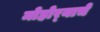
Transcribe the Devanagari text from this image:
मोहोर्‍याचे